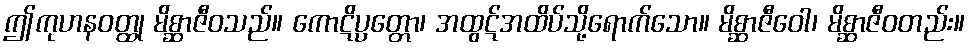
ဤကုဟနဝတ္ထု မိစ္ဆာဇီဝသည်။ ကောဋိပ္ပတ္တော၊ အထွဋ်အထိပ်သို့ရောက်သော။ မိစ္ဆာဇီဝေါ၊ မိစ္ဆာဇီဝတည်း။